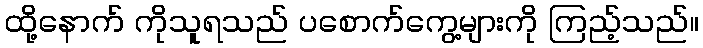
ထို့နောက် ကိုသူရသည် ပစောက်ကွေ့များကို ကြည့်သည်။